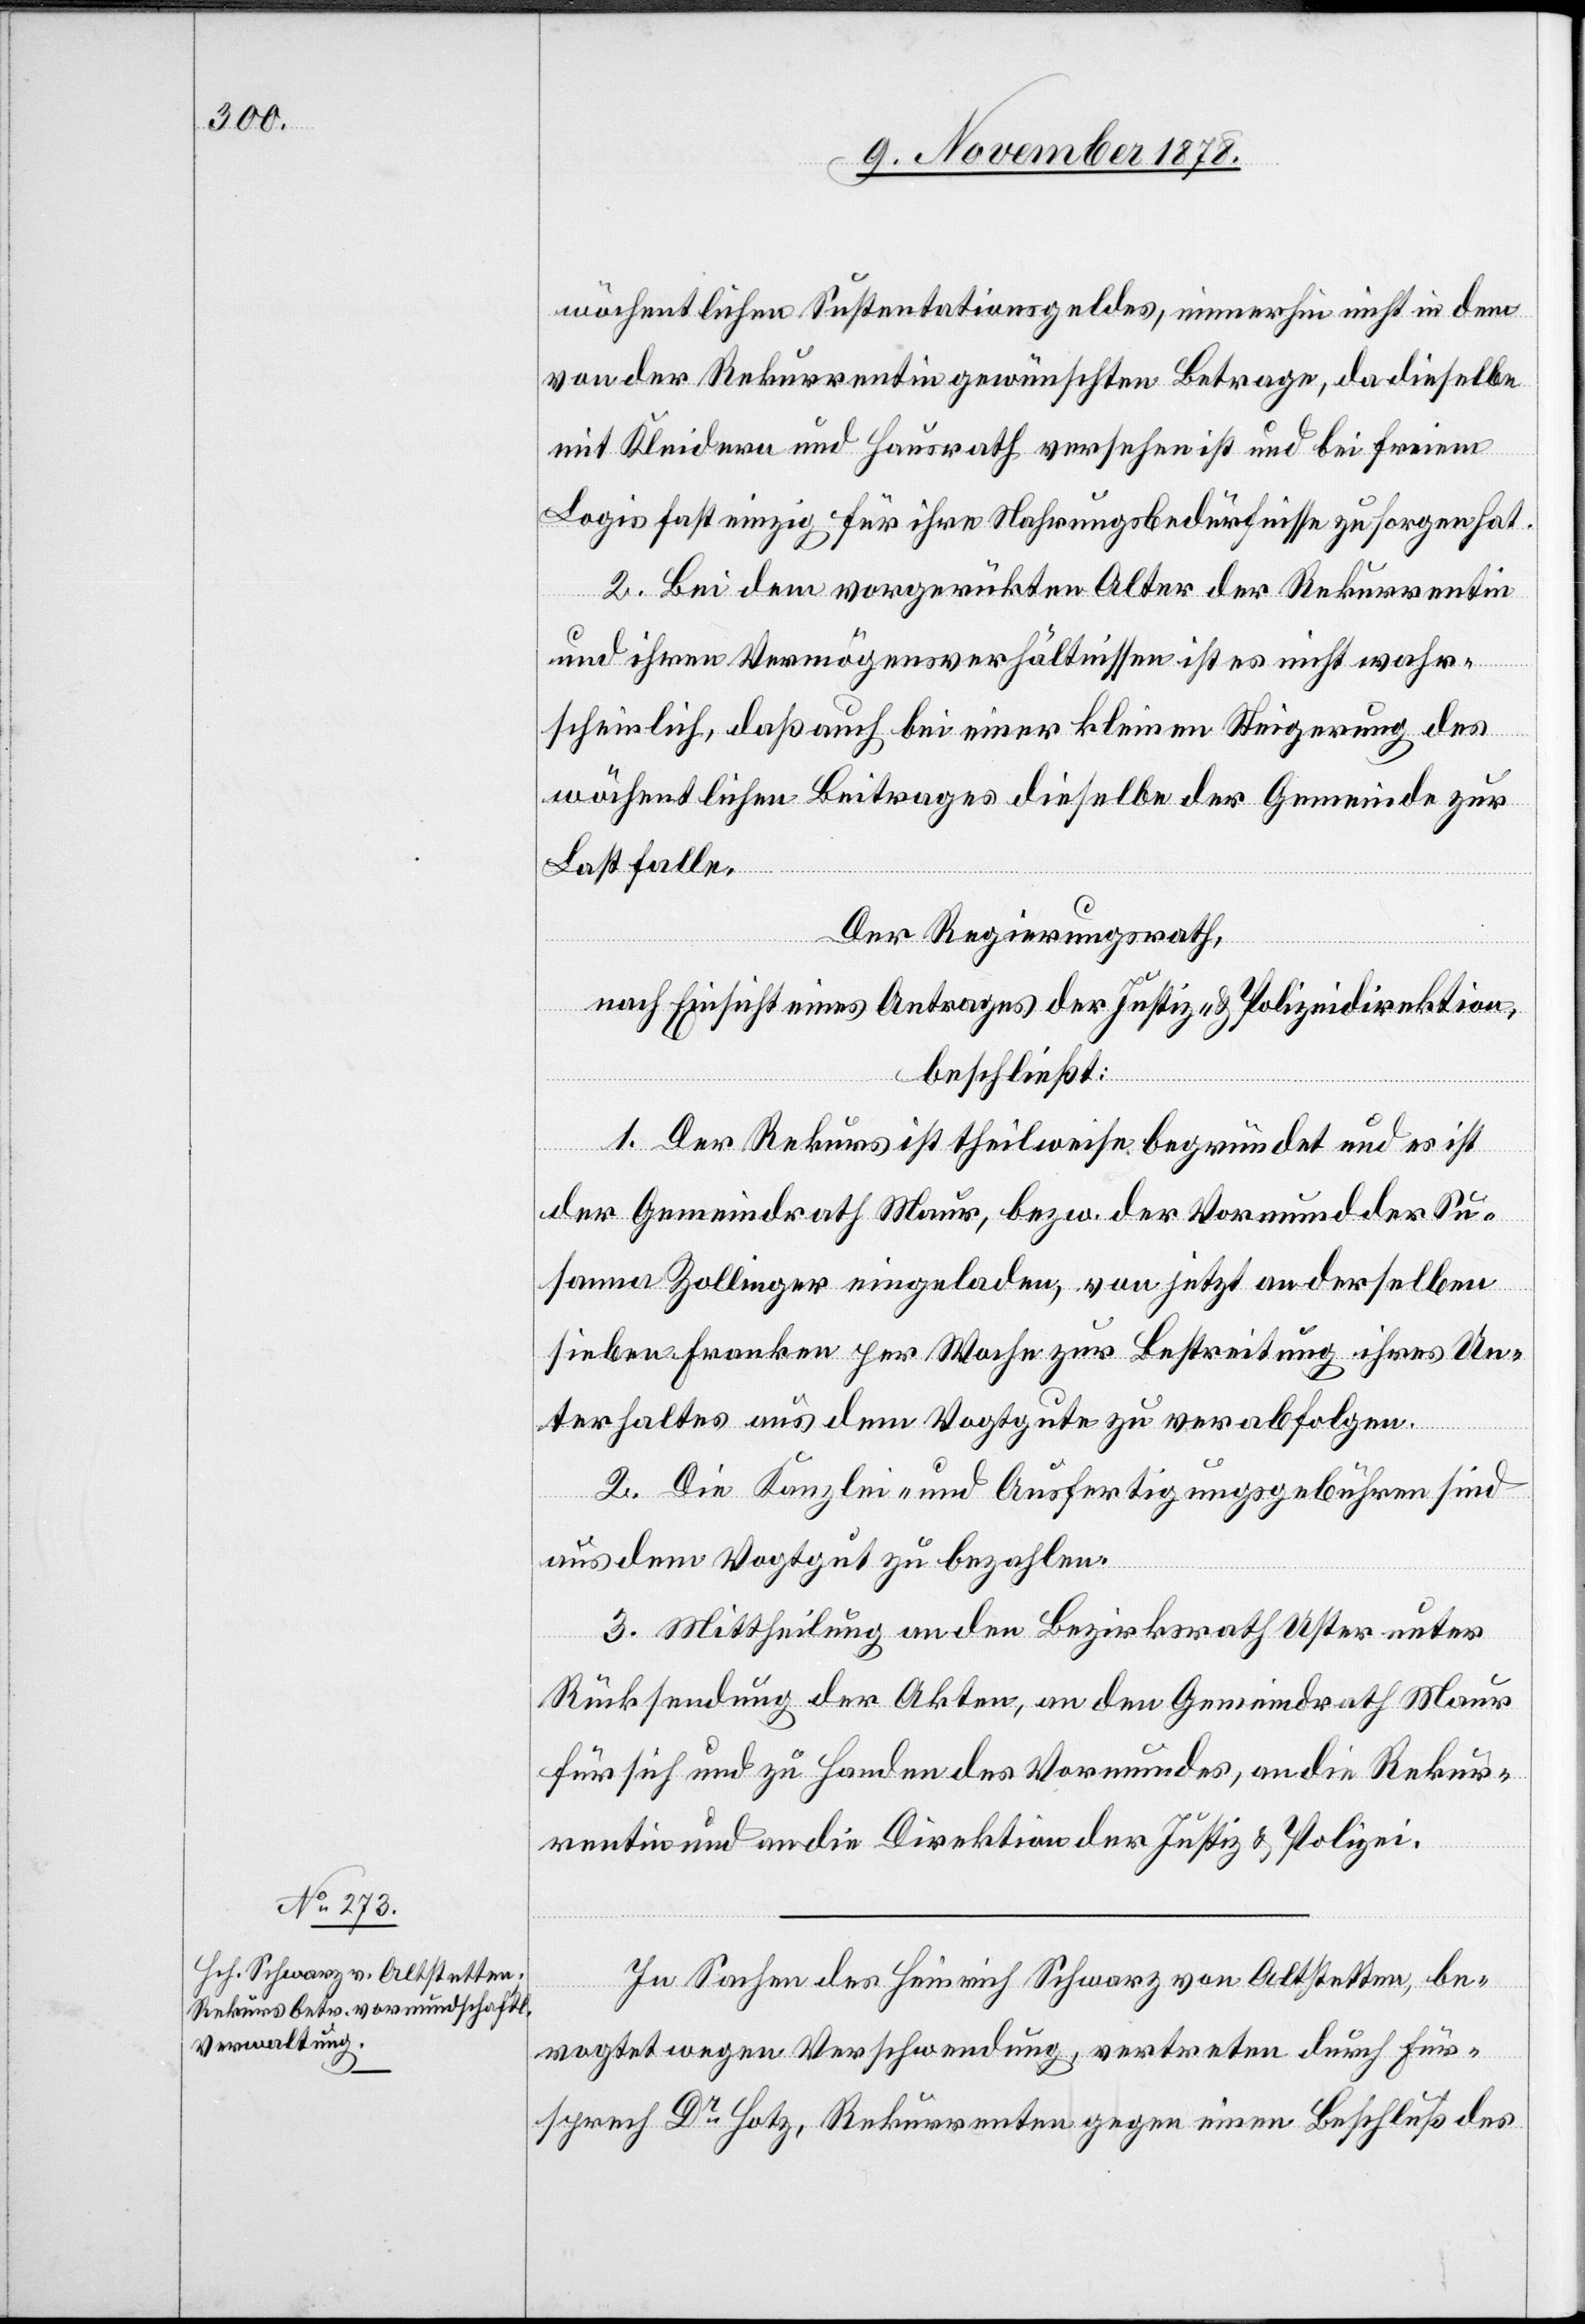
wöchentlichen Sustentationsgeldes, immerhin nicht in dem
von der Rekurrentin gewünschten Betrage, da dieselbe
mit Kleidern und Hausrath versehen ist und bei freiem
Logis fast einzig für ihre Nahrungsbedürfnisse zu sorgen hat.
2. Bei dem vorgerückten Alter der Rekurrentin
und ihren Vermögensverhältnissen ist es nicht wahr¬
scheinlich, daß auch bei einer kleinen Steigerung des
wöchentlichen Beitrages dieselbe der Gemeinde zur
Last falle.
Der Regierungsrath,
nach Einsicht eines Antrages der Justiz- & Polizeidirektion,
beschließt:
1. Der Rekurs ist theilweise begründet und es ist
der Gemeindrath Maur, bezw. der Vormund der Su¬
sanna Zollinger eingeladen, von jetzt an derselben
sieben Franken per Woche zur Bestreitung ihres Un¬
terhaltes aus dem Vogtgute zu verabfolgen.
2. Die Kanzlei- und Ausfertigungsgebühren sind
aus dem Vogtgut zu bezahlen.
3. Mittheilung an den Bezirksrath Uster unter
Rücksendung der Akten, an den Gemeindrath Maur
für sich und zu Handen des Vormundes, an die Rekur¬
rentin und an die Direktion der Justiz & Polizei.
In Sachen des Heinrich Schwarz von Altstetten, be¬
vogtet wegen Verschwendung, vertreten durch Für¬
sprech Dr Hotz, Rekurrenten gegen einen Beschluß des